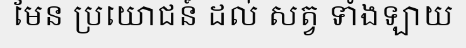
មែន ប្រយោជន៍ ដល់ សត្វ ទាំងឡាយ